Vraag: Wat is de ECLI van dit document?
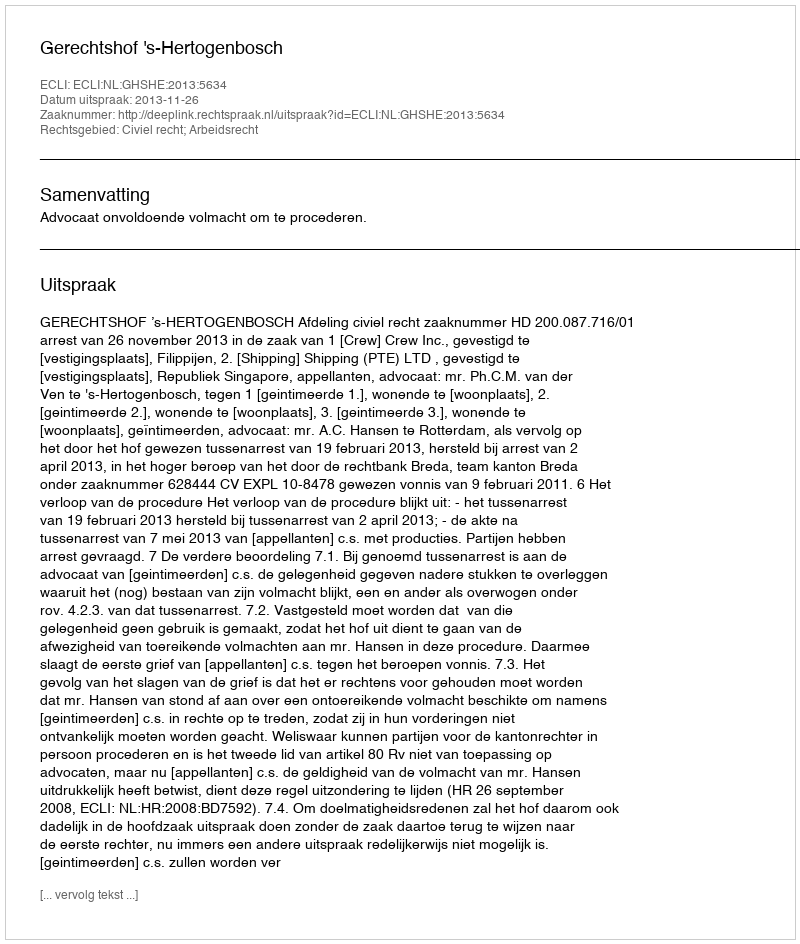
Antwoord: ECLI:NL:GHSHE:2013:5634